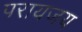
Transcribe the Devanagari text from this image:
परायजय